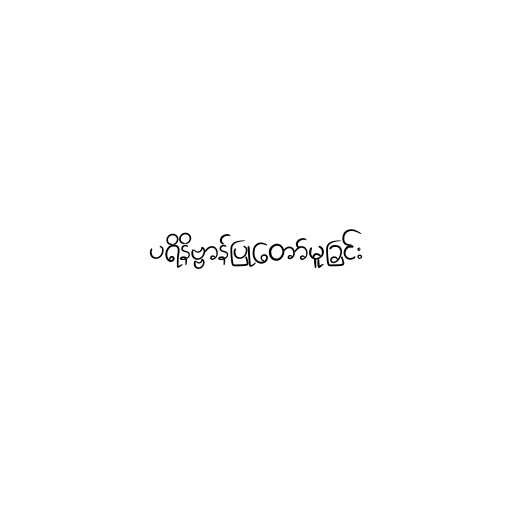
ပရိနိဗ္ဗာန်ပြုတော်မူခြင်း